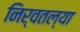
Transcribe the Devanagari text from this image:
निर्वतल्या